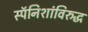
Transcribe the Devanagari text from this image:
स्पॅनिशांविरुद्ध